Insane asylums Bombay 1873-77 - 1873-1877
Year: 1873
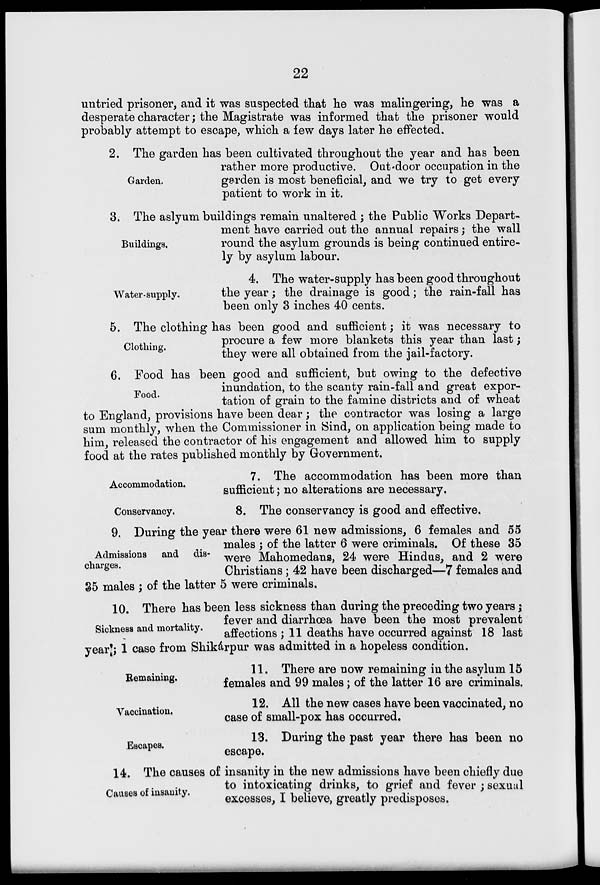
22
untried prisoner, and it was suspected that he was malingering, he was a
desperate character; the Magistrate was informed that the prisoner would
probably attempt to escape, which a few days later he effected.
Garden.
2. The garden has been cultivated throughout the year and has been
rather more productive. Out-door occupation in the
garden is most beneficial, and we try to get every
patient to work in it.
Buildings.
3. The aslyum buildings remain unaltered ; the Public Works Depart-
ment have carried out the annual repairs ; the wall
round the asylum grounds is being continued entire-
ly by asylum labour.
Water-supply.
4. The water-supply has been good throughout
the year ; the drainage is good ; the rain-fall has
been only 3 inches 40 cents.
Clothing.
5. The clothing has been good and sufficient ; it was necessary to
procure a few more blankets this year than last ;
they were all obtained from the jail-factory.
Food.
6. Food has been good and sufficient, but owing to the defective
inundation, to the scanty rain-fall and great expor-
tation of grain to the famine districts and of wheat
to England, provisions have been dear ; the contractor was losing a large
sum monthly, when the Commissioner in Sind, on application being made to
him, released the contractor of his engagement and allowed him to supply
food at the rates published monthly by Government.
Accommodation.
7. The accommodation has been more than
sufficient; no alterations are necessary.
Conservancy.
8. The conservancy is good and effective.
Admissions and dis-
charges.
9. During the year there were 61 new admissions, 6 females and 55
males ; of the latter 6 were criminals. Of these 35
were Mahomedans, 24 were Hindus, and 2 were
Christians ; 42 have been discharged—7 females and
35 males ; of the latter 5 were criminals.
Sickness and mortality.
10. There has been less sickness than during the preceding two years ;
fever and diarrhœa have been the most prevalent
affections ; 11 deaths have occurred against 18 last
year ; 1 case from Shikárpur was admitted in a hopeless condition.
Remaining.
11. There are now remaining in the asylum 15
females and 99 males ; of the latter 16 are criminals.
Vaccination.
12. All the new cases have been vaccinated, no
case of small-pox has occurred.
Escapes.
13. During the past year there has been no
escape.
Causes of insanity.
14. The causes of insanity in the new admissions have been chiefly due
to intoxicating drinks, to grief and fever ; sexual
excesses, I believe, greatly predisposes.